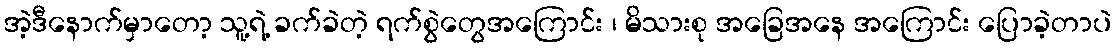
အဲ့ဒီနောက်မှာတော့ သူ့ရဲ့ ခက်ခဲတဲ့ ရက်စွဲတွေအကြောင်း ၊ မိသားစု အခြေအနေ အကြောင်း ပြောခဲ့တာပဲ